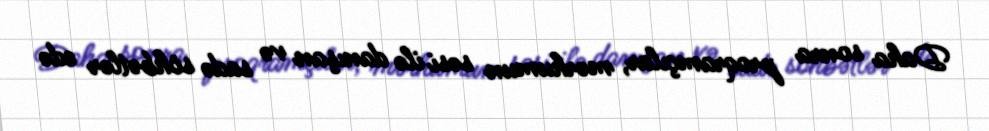
Daha sonra proqramçılar, mərhumun səsi ilə danışan və sadə söhbətlər edə